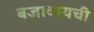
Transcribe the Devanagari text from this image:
बजावायची